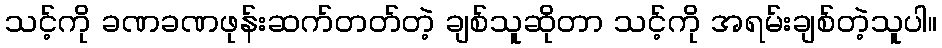
သင့်ကို ခဏခဏဖုန်းဆက်တတ်တဲ့ ချစ်သူဆိုတာ သင့်ကို အရမ်းချစ်တဲ့သူပါ။